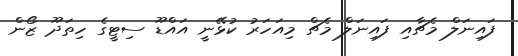
ފައިނަލް މެޗާއި ފައިނަލް މެޗް މިއަހަރު ކުޅޭނީ އައްޑޫ ސިޓީގެ ހިތަދޫ ޒޯން